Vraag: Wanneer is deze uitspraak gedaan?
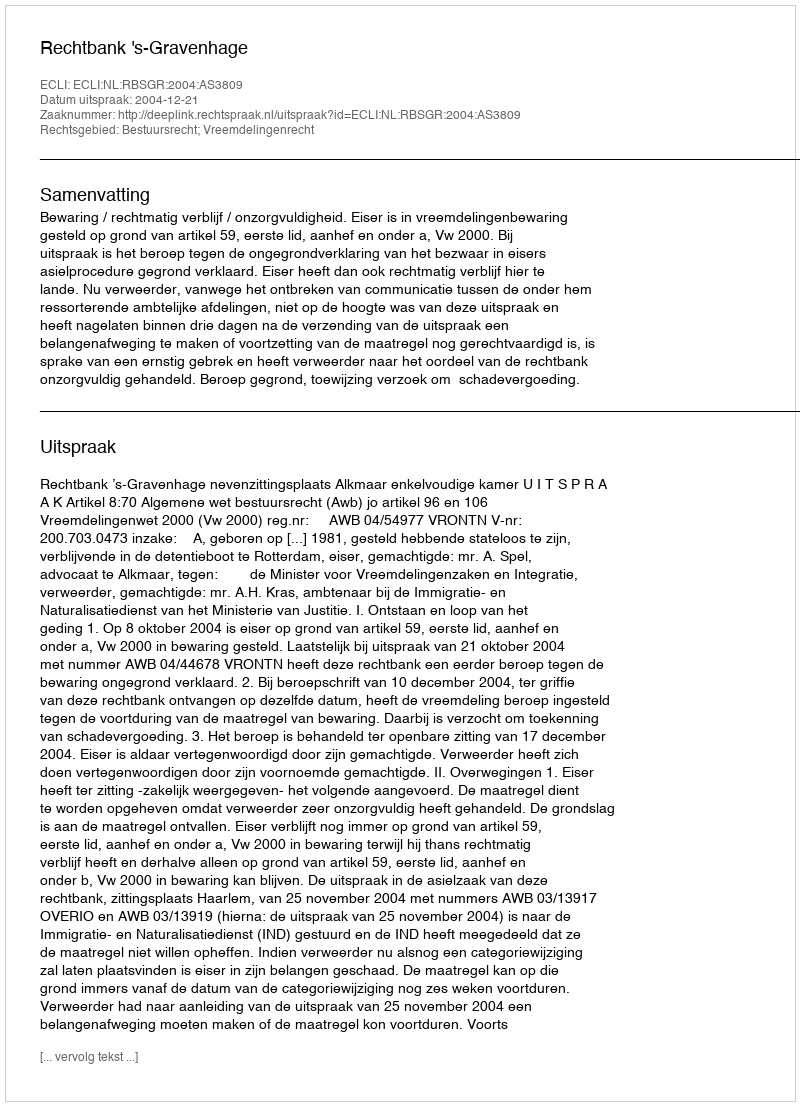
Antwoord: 2004-12-21